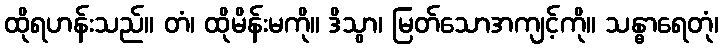
ထိုရဟန်းသည်။ တံ၊ ထိုမိန်းမကို။ ဒိသွာ၊ မြတ်သောအကျင့်ကို။ သန္ဓာရေတုံ၊